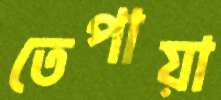
তেপায়া